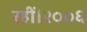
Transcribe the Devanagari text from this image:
रहीं।२००६